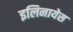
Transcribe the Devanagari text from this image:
इलिनायेस